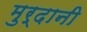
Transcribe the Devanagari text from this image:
मुर्दानी